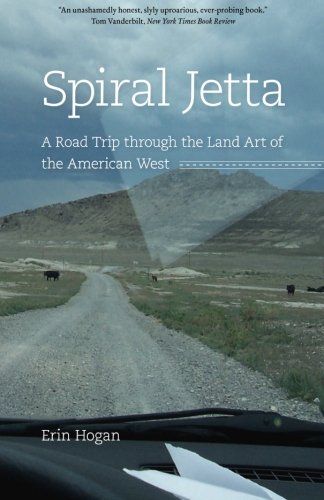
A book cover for Spiral Jetta: A Road Trip through the Land Art of the American West (Culture Trails: Adventures in Travel); Erin Hogan; Arts & Photography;